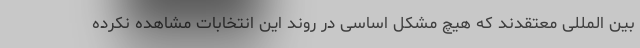
بین المللی معتقدند که هیچ مشکل اساسی در روند این انتخابات مشاهده نکرده